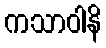
ကသာဝါနိ